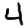
Digit: 4